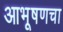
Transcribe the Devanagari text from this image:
आभूषणचा